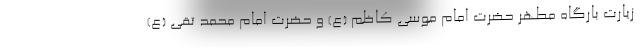
زیارت بارگاه مطهر حضرت امام موسی کاظم (ع) و حضرت امام محمد تقی (ع)